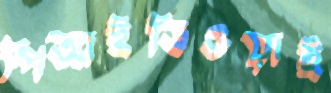
পিআইডিওয়াই